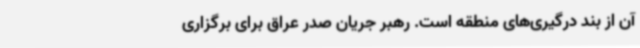
آن از بند درگیری‌های منطقه است. رهبر جریان صدر عراق برای برگزاری